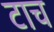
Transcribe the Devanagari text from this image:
टाच